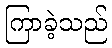
ကြာခဲ့သည်